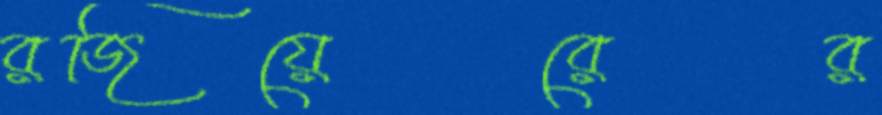
রজিয়েরের